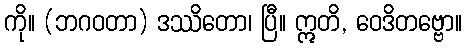
ကို။ (ဘဂဝတာ) ဒဿိတော၊ ပြီ။ ဣတိ, ဝေဒိတဗ္ဗော။